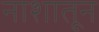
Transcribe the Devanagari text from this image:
नाशातून